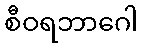
စီဝရဘာဂေါ